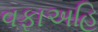
વફાઅહિ